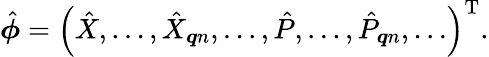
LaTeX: \begin{array}{r}{\hat{\boldsymbol{\phi}}=\left(\hat{X},\ldots,\hat{X}_{\boldsymbol{q}n},\ldots,\hat{P},\ldots,\hat{P}_{\boldsymbol{q}n},\ldots\right)^{\mathrm{T}}.}\end{array}